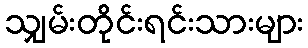
သျှမ်းတိုင်းရင်းသားများ